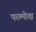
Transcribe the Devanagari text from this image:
परम्मोक्ष